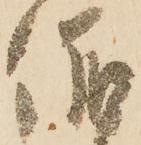
儀